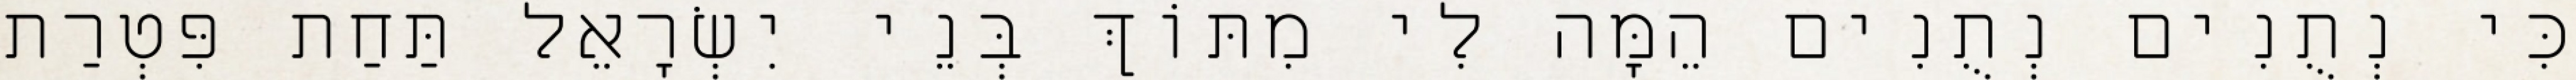
כִּי נְתֻנִים נְתֻנִים הֵמָּה לִי מִתּוֹךְ בְּנֵי יִשְׂרָאֵל תַּחַת פִּטְרַת